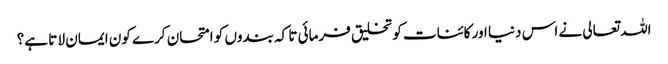
اللہ تعالی نے اس دنیا اور کائنات کو تخلیق فرمائی تا کہ بندوں کو امتحان کرے کون ایمان لا تا ہے؟